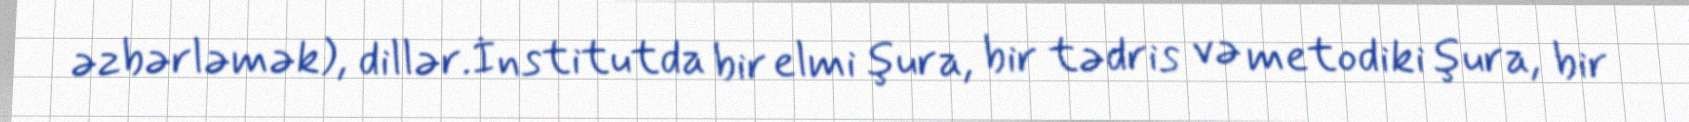
əzbərləmək), dillər.İnstitutda bir elmi şura, bir tədris və metodiki şura, bir